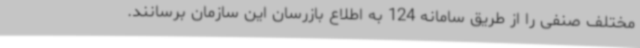
مختلف صنفی را از طریق سامانه 124 به اطلاع بازرسان این سازمان برسانند.